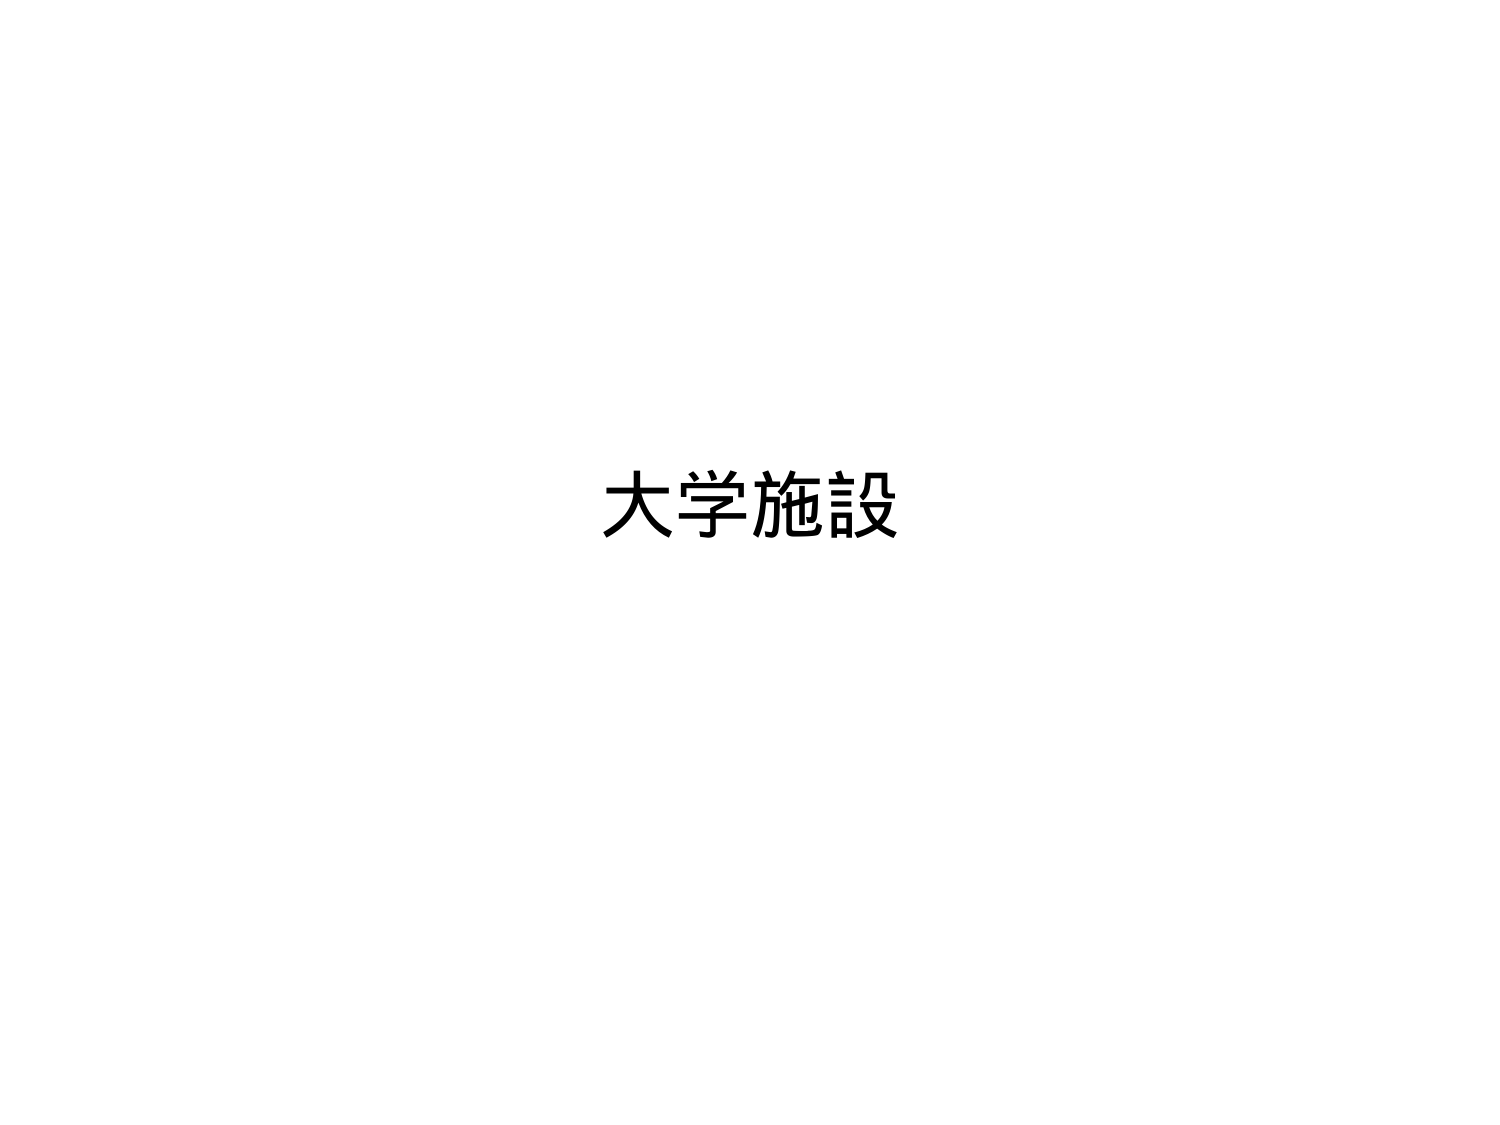
大学施設